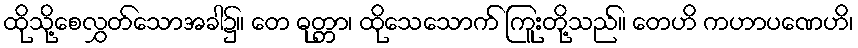
ထိုသို့စေလွှတ်သောအခါ၌။ တေ ဓုတ္တာ၊ ထိုသေသောက် ကြူးတို့သည်။ တေဟိ ကဟာပဏေဟိ၊